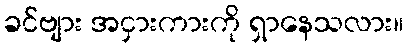
ခင်ဗျား အငှားကားကို ရှာနေသလား။